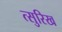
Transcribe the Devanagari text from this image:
त्सुरिख